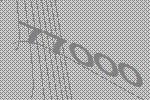
77000